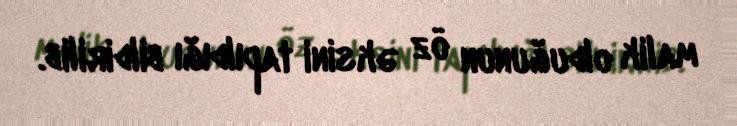
malik olduğunun öz əksini tapıldığı bildirilib.